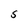
Character: S